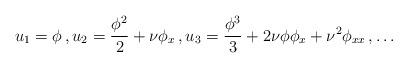
LaTeX: \begin{align*} u_1=\phi\, , u_2=\frac{\phi^2}{2}+\nu \phi_x\, , u_3=\frac{\phi^3}{3}+2 \nu \phi \phi_x +\nu^2 \phi_{xx}\, , \dots \end{align*}